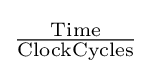
\mathrm {\tfrac {Time}{ClockCycles}}